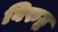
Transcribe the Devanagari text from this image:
बिरुद्ध